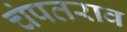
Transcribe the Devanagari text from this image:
चंपतराव